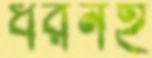
ধরনই